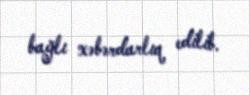
bağlı xəbərdarlıq edilib.